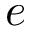
e